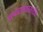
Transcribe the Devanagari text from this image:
पार्श्वगायकासाठीचा